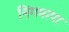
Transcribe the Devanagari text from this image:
निंगमापा